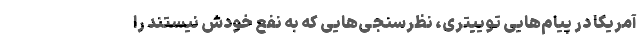
آمریکا در پیام‌هایی توییتری، نظرسنجی‌هایی که به نفع خودش نیستند را